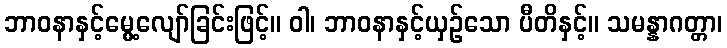
ဘာဝနာနှင့်မွေ့လျော်ခြင်းဖြင့်။ ဝါ၊ ဘာဝနာနှင့်ယှဉ်သော ပီတိနှင့်။ သမန္နာဂတ္တာ၊